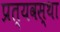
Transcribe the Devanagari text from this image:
प्रत्यवस्था